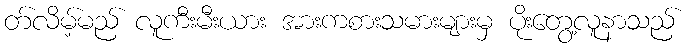
တ်လိမ့်မည် လူကီးမီးယား အားကစားသမားများမှ ပိုးတွေ့လူနာသည်